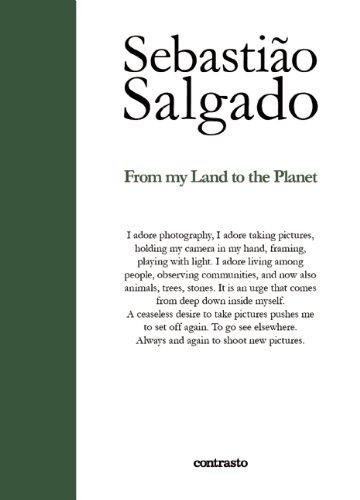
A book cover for From My Land to the Planet; Sebastiao Salgado; Arts & Photography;